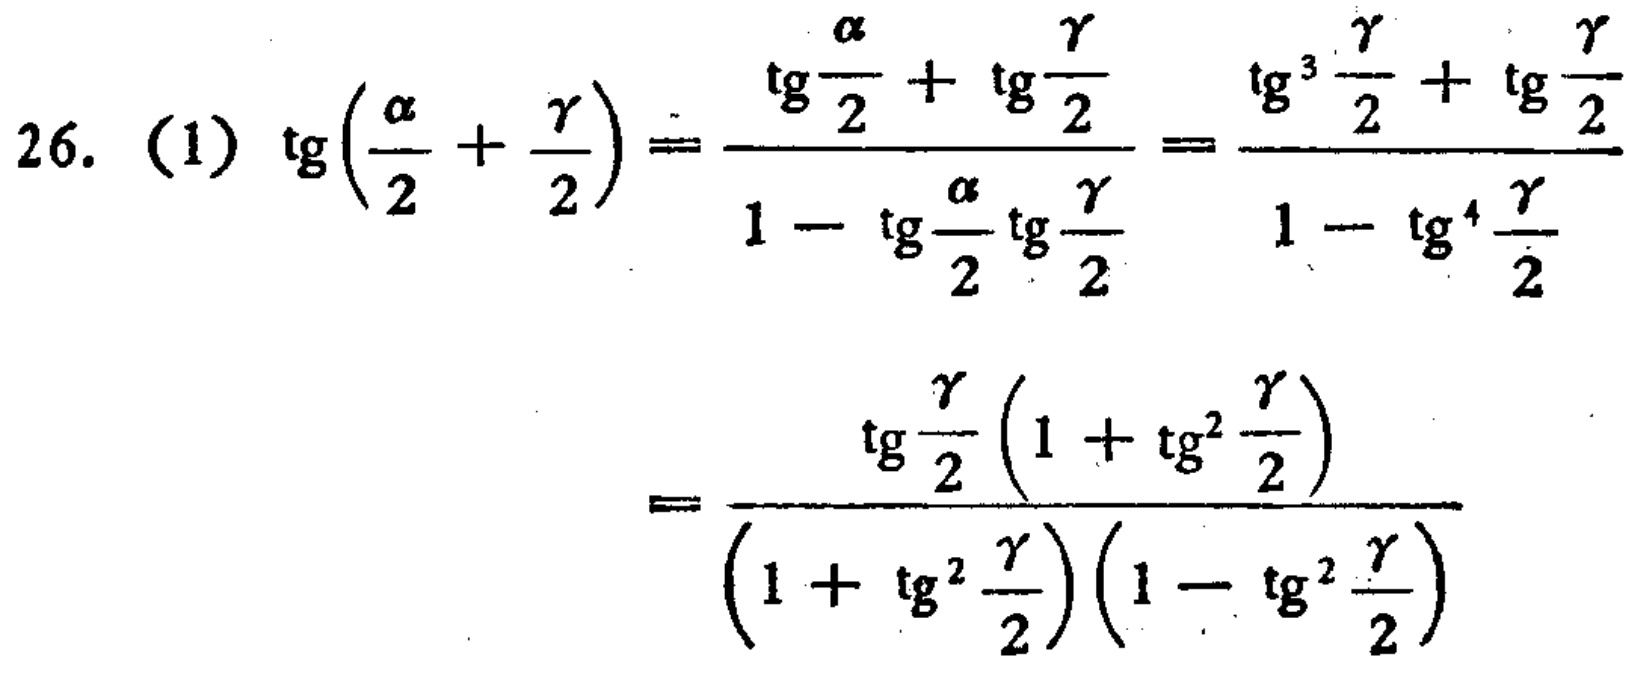
\[

\begin{align*}

26.\ (1)\ \mathrm{tg}\left(\frac{\alpha}{2}+\frac{\gamma}{2}\right)&=\frac{\mathrm{tg}\frac{\alpha}{2}+\mathrm{tg}\frac{\gamma}{2}}{1 - \mathrm{tg}\frac{\alpha}{2}\mathrm{tg}\frac{\gamma}{2}}=\frac{\mathrm{tg}^{3}\frac{\gamma}{2}+\mathrm{tg}\frac{\gamma}{2}}{1-\mathrm{tg}^{4}\frac{\gamma}{2}}\\

&=\frac{\mathrm{tg}\frac{\gamma}{2}\left(1 + \mathrm{tg}^{2}\frac{\gamma}{2}\right)}{\left(1+\mathrm{tg}^{2}\frac{\gamma}{2}\right)\left(1-\mathrm{tg}^{2}\frac{\gamma}{2}\right)}

\end{align*}

\]